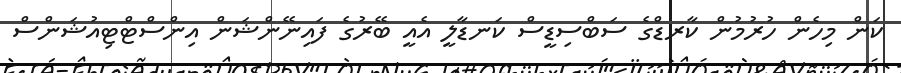
ކަން މިހެން ހުރުމުން ކާރޑްގެ ސަބްސިޑީސް ކަނޑާލީ އެއީ ބޭރުގެ ފައިނޭންޝަން އިންސްޓްޓިއުޝަންސް